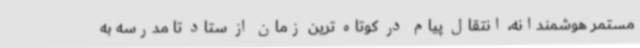
مستمر هوشمندانه، انتقال پیام در کوتاه ترین زمان از ستاد تا مدرسه به